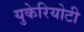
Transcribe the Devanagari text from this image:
युकेरियोटी